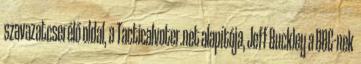
szavazatcserélő oldal, a Tacticalvoter.net alapítója, Jeff Buckley a BBC-nek